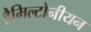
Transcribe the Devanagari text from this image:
हैमिल्टोनीयन